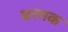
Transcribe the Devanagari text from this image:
बरमक